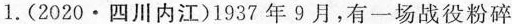
1.(2020·四川内江)1937年9月，有一场战役粉碎